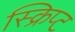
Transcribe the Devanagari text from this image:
स्क्रिप्‍ट